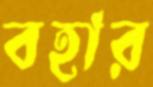
বহার